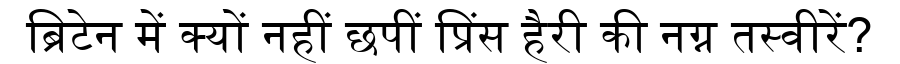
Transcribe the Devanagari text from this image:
ब्रिटेन में क्यों नहीं छपीं प्रिंस हैरी की नग्न तस्वीरें?